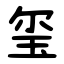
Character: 玺